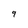
Character: 9